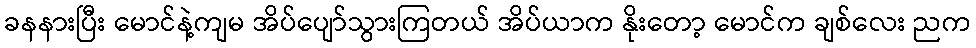
ခနနားပြီး မောင်နဲ့ကျမ အိပ်ပျော်သွားကြတယ် အိပ်ယာက နိုးတော့ မောင်က ချစ်လေး ညက